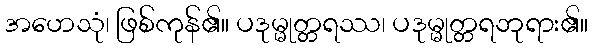
အဟေသုံ၊ ဖြစ်ကုန်၏။ ပဒုမ္မုတ္တရဿ၊ ပဒုမ္မုတ္တရဘုရား၏။